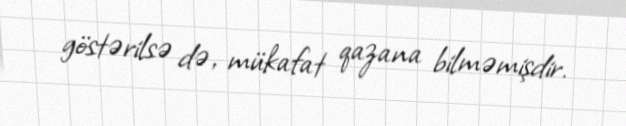
göstərilsə də, mükafat qazana bilməmişdir.